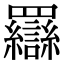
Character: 羉